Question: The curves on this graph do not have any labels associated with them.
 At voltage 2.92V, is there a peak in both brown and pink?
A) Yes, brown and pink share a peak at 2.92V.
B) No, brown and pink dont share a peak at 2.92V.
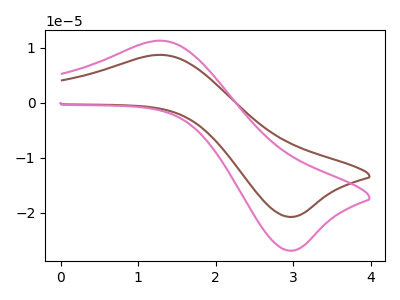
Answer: <think>The brown curve "brown" has an anodic peak at (1.30V, 8.70uA) and a cathodic peak at (2.95V, -20.75uA). The pink curve "pink" has an anodic peak at (1.30V, 11.30uA) and a cathodic peak at (2.95V, -26.85uA).</think>
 <answer>B) No, "brown" and "pink" dont share a peak at 2.92V.</answer>
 <eval>B</eval>